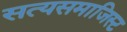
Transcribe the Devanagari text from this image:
सत्यसमाजिस्ट